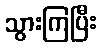
သွားကြပြီး